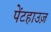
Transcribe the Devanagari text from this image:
पेंटहाउज़